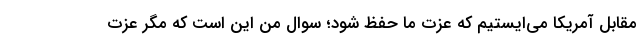
مقابل آمریکا می‌ایستیم که عزت ما حفظ شود؛ سوال من این است که مگر عزت